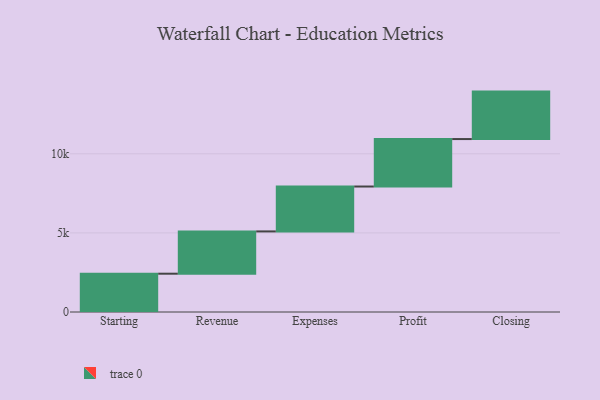
{"axis": {"x": "Step", "y": "Value"}, "legend": [""], "data": [{"x": "Starting", "y": 2421.0, "type": ""}, {"x": "Revenue", "y": 2673.0, "type": ""}, {"x": "Expenses", "y": 2838.0, "type": ""}, {"x": "Profit", "y": 3000, "type": ""}, {"x": "Closing", "y": 3000, "type": ""}]}